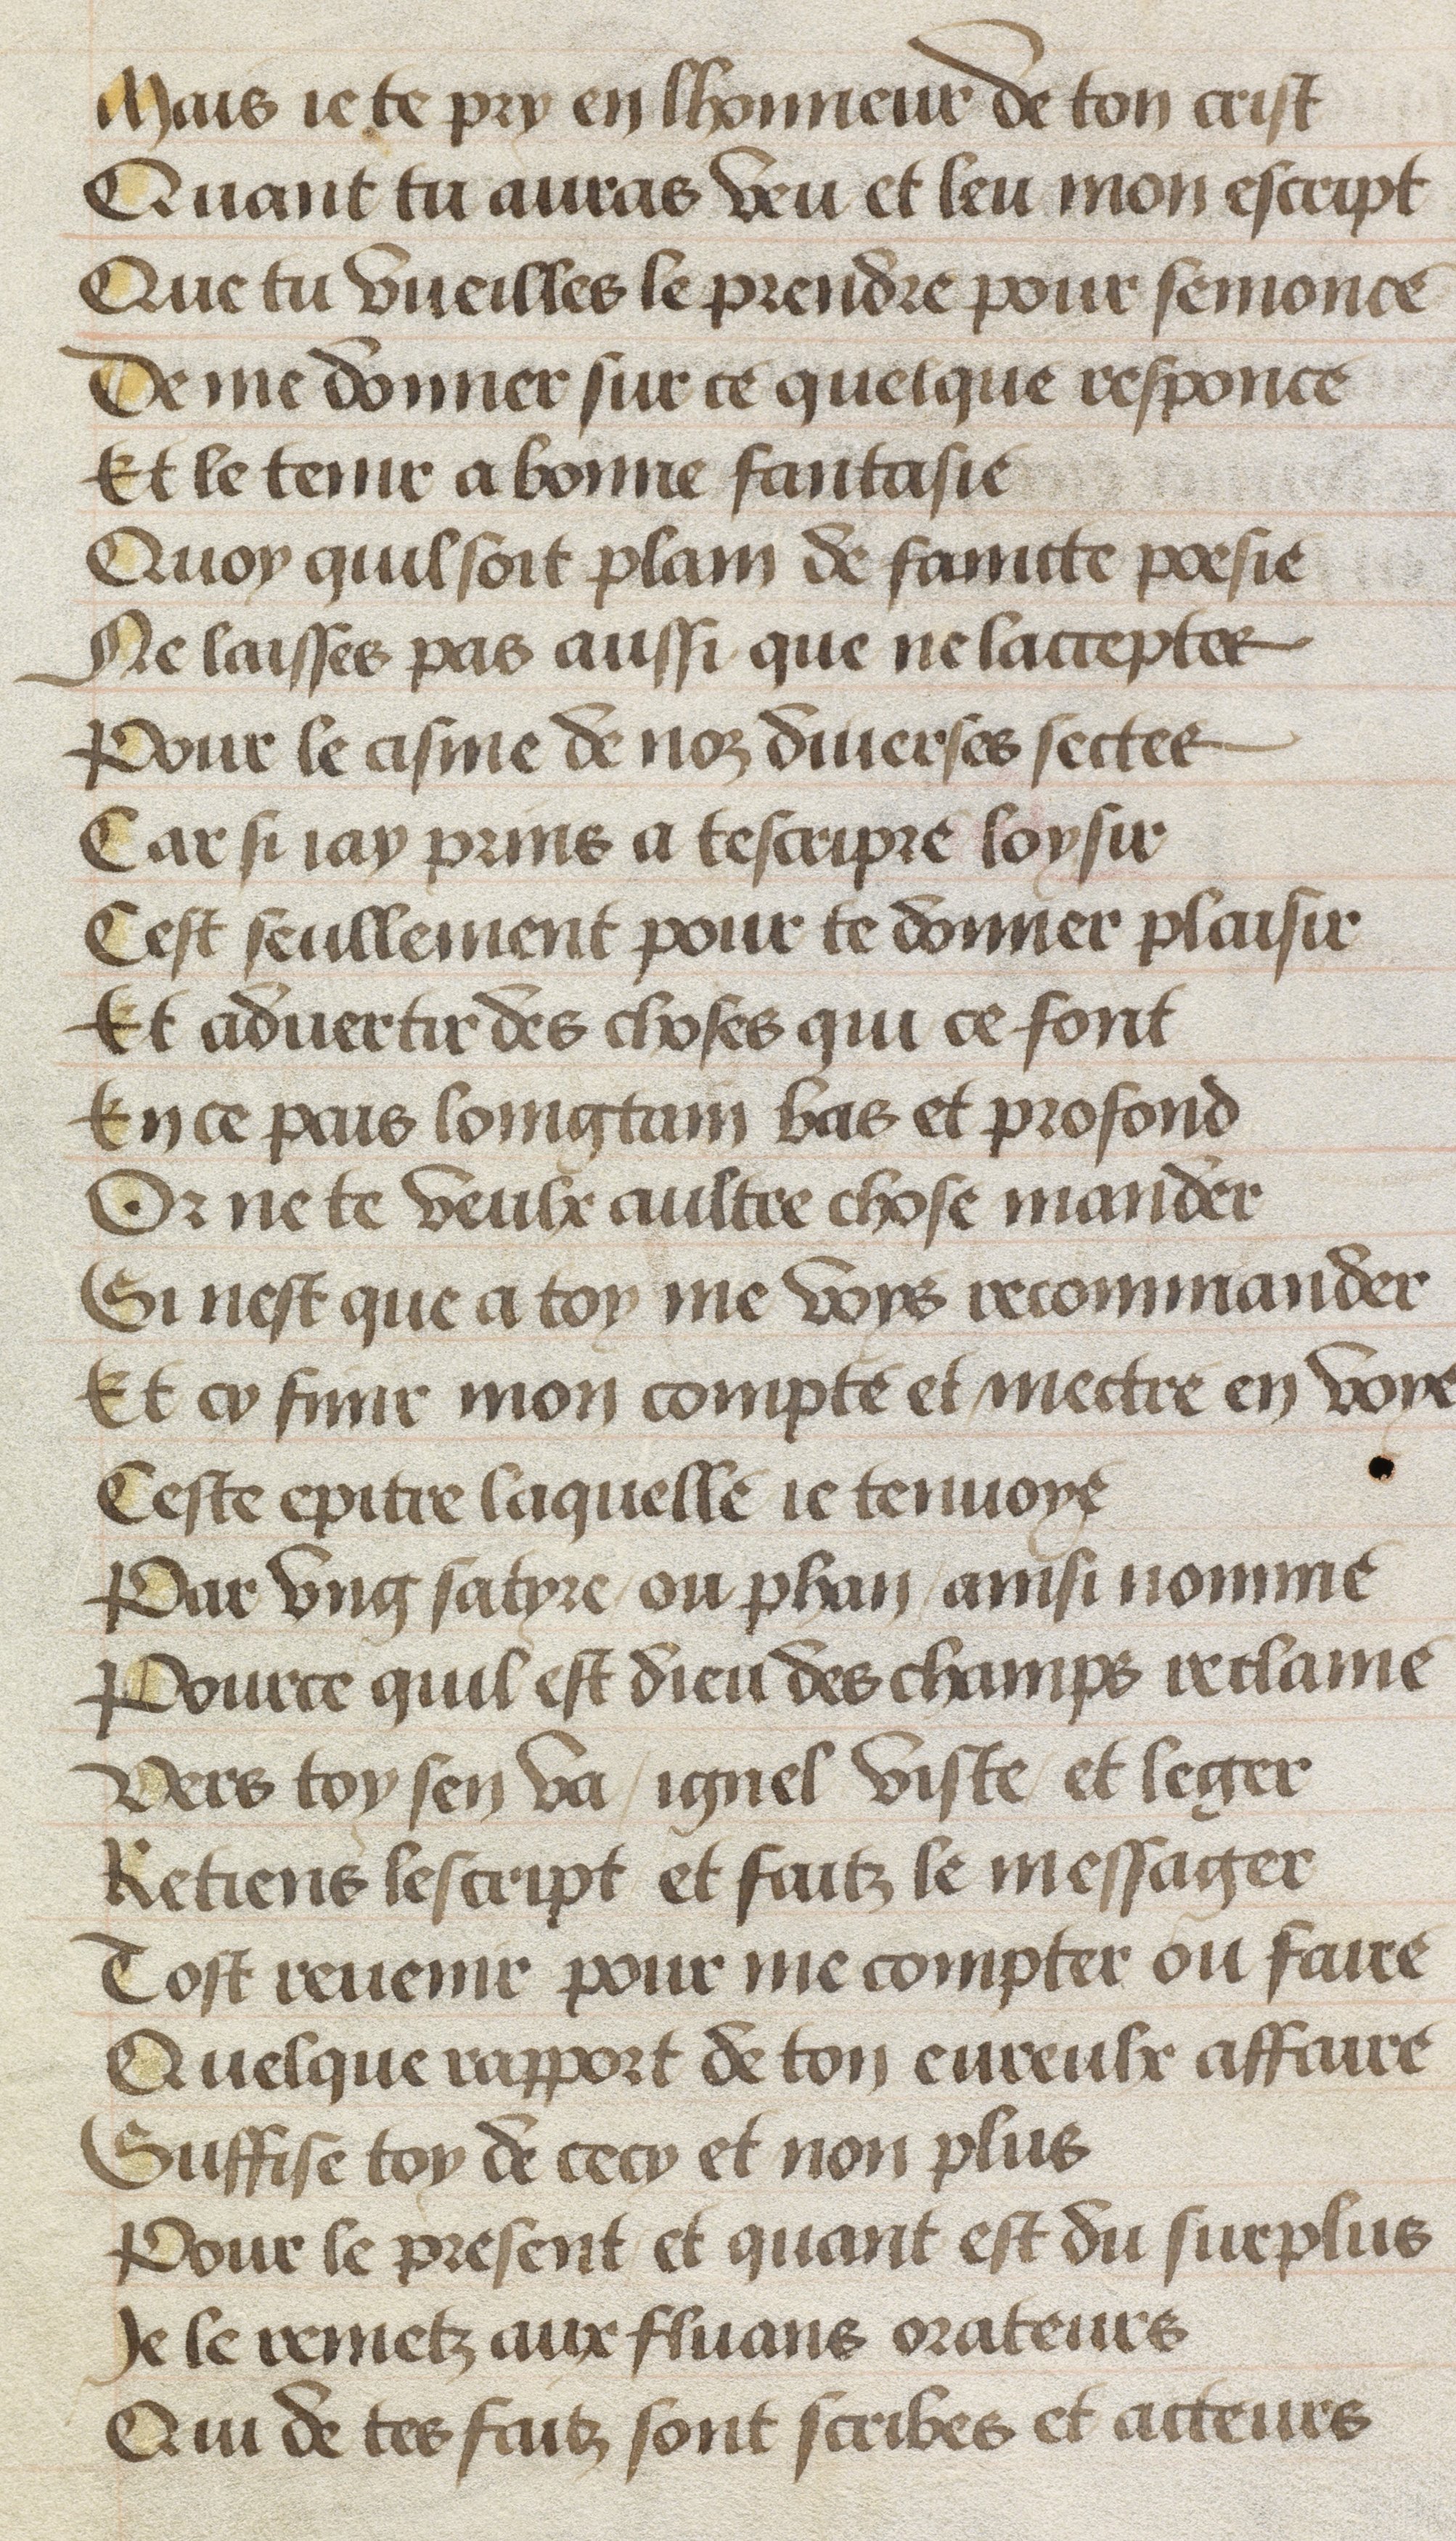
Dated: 1511–1515